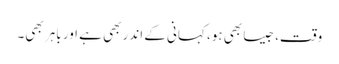
وقت، جیسا بھی ہو، کہانی کے اندر بھی ہے اور باہر بھی۔